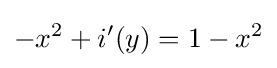
-x^{2}+i'(y)=1-x^{2}